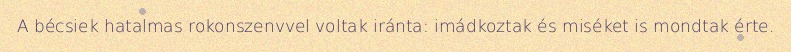
A bécsiek hatalmas rokonszenvvel voltak iránta: imádkoztak és miséket is mondtak érte.